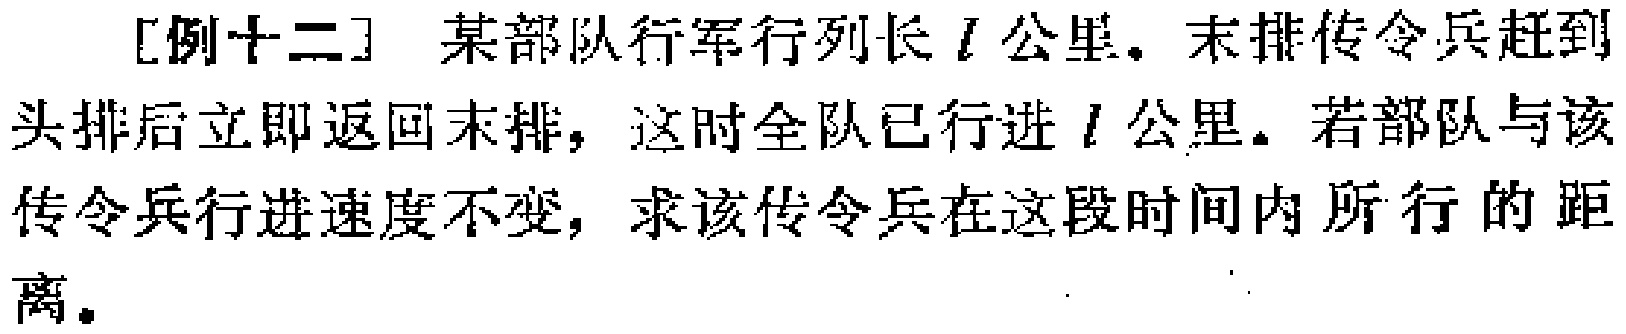
[例十二] 某部队行军行列长\(l\)公里。末排传令兵赶到头排后立即返回末排，这时全队已行进\(l\)公里。若部队与该传令兵行进速度不变，求该传令兵在这段时间内所行的距离。